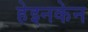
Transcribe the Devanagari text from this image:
हेइनकेन